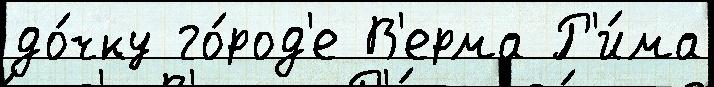
до́чку го́род'е В'ерма Р'и́ма